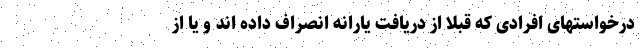
درخواستهای افرادی که قبلا از دریافت یارانه انصراف داده اند و یا از